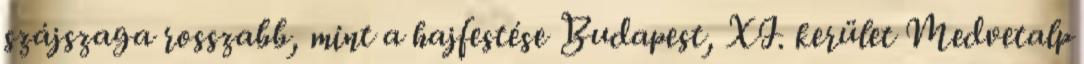
szájszaga rosszabb, mint a hajfestése Budapest, XI. kerület Medvetalp